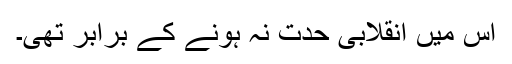
اس میں انقلابی حدت نہ ہونے کے برابر تھی۔